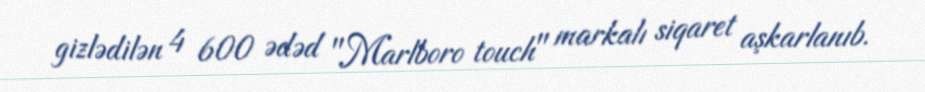
gizlədilən 4 600 ədəd "Marlboro touch" markalı siqaret aşkarlanıb.